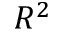
R ^ { 2 }